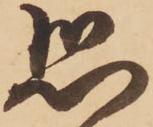
恐